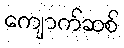
ကျောက်ဆစ်